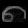
Digit: ၈